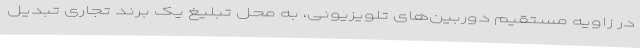
در زاویه مستقیم دوربین‌های تلویزیونی، به محل تبلیغ یک برند تجاری تبدیل